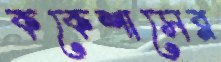
ককেশাসের